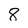
Character: 8